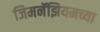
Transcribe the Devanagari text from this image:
जिमनॅझियमच्या